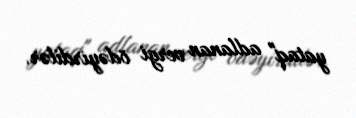
yataq" adlanan vergi ödəyirdilər.